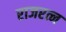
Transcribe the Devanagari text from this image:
राजरत्न